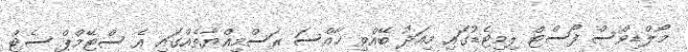
މޯލްޑިވްސް ފޯސްޓް ލިމިޓެޑުގައި މިއަދު ބޭއްވި ޚާއްސަ ރަސްމިއްޔާތެއްގައި އެ ސްޓޭމްޕް ސެޓް